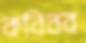
কবিবর